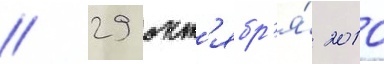
// 29 окт'ябр'я́ 2010